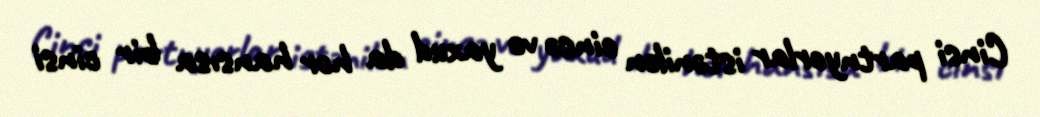
Cinsi partnyorlar istənilən cinsə və yaxud da hər hansısa bir cinsi